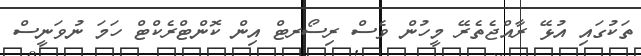
ތަކުގައި އުޅޭ ރާއްޖެތެރޭ މީހުން ވެސް ރިސޯރޓް އިން ކޮންޓްރެކްޓް ހަމަ ނުވަނީސް